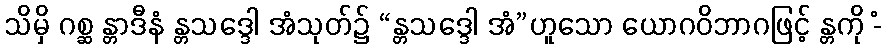
သိမှိ ဂစ္ဆ န္တာဒီနံ န္တသဒ္ဒေါ အံသုတ်၌ “န္တသဒ္ဒေါ အံ”ဟူသော ယောဂဝိဘာဂဖြင့် န္တကို -ံ